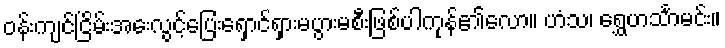
ဝန်းကျင်ငြိမ်းအေးလွင့်ပြေးရှောင်ရှားမပွားမစီးဖြစ်ပါကုန်၏လော။ ဟံသ၊ ရွှေဟင်္သာမင်း။